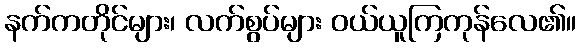
နက်ကတိုင်များ၊ လက်စွပ်များ ဝယ်ယူကြကုန်လေ၏။